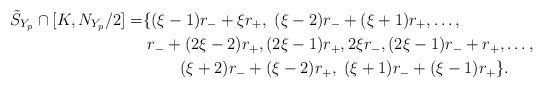
LaTeX: \begin{align*} \tilde{S}_{Y_p}\cap[K,N_{Y_p}/2]=& \{ (\xi-1)r_-+\xi r_+,\; (\xi-2)r_-+(\xi+1)r_+,\dots, \\&\;r_-+(2\xi-2)r_+, (2\xi-1)r_+, 2\xi r_-,(2\xi-1)r_-+r_+,\dots, \\ & \qquad\; (\xi+2)r_-+(\xi-2)r_+, \; (\xi+1)r_-+(\xi-1)r_+ \} .\end{align*}